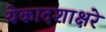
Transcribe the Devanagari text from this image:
येकादशाक्षरे